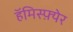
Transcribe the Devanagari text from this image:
हॅमिस्फ़्येर